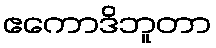
ဧကောဒိဘူတာ